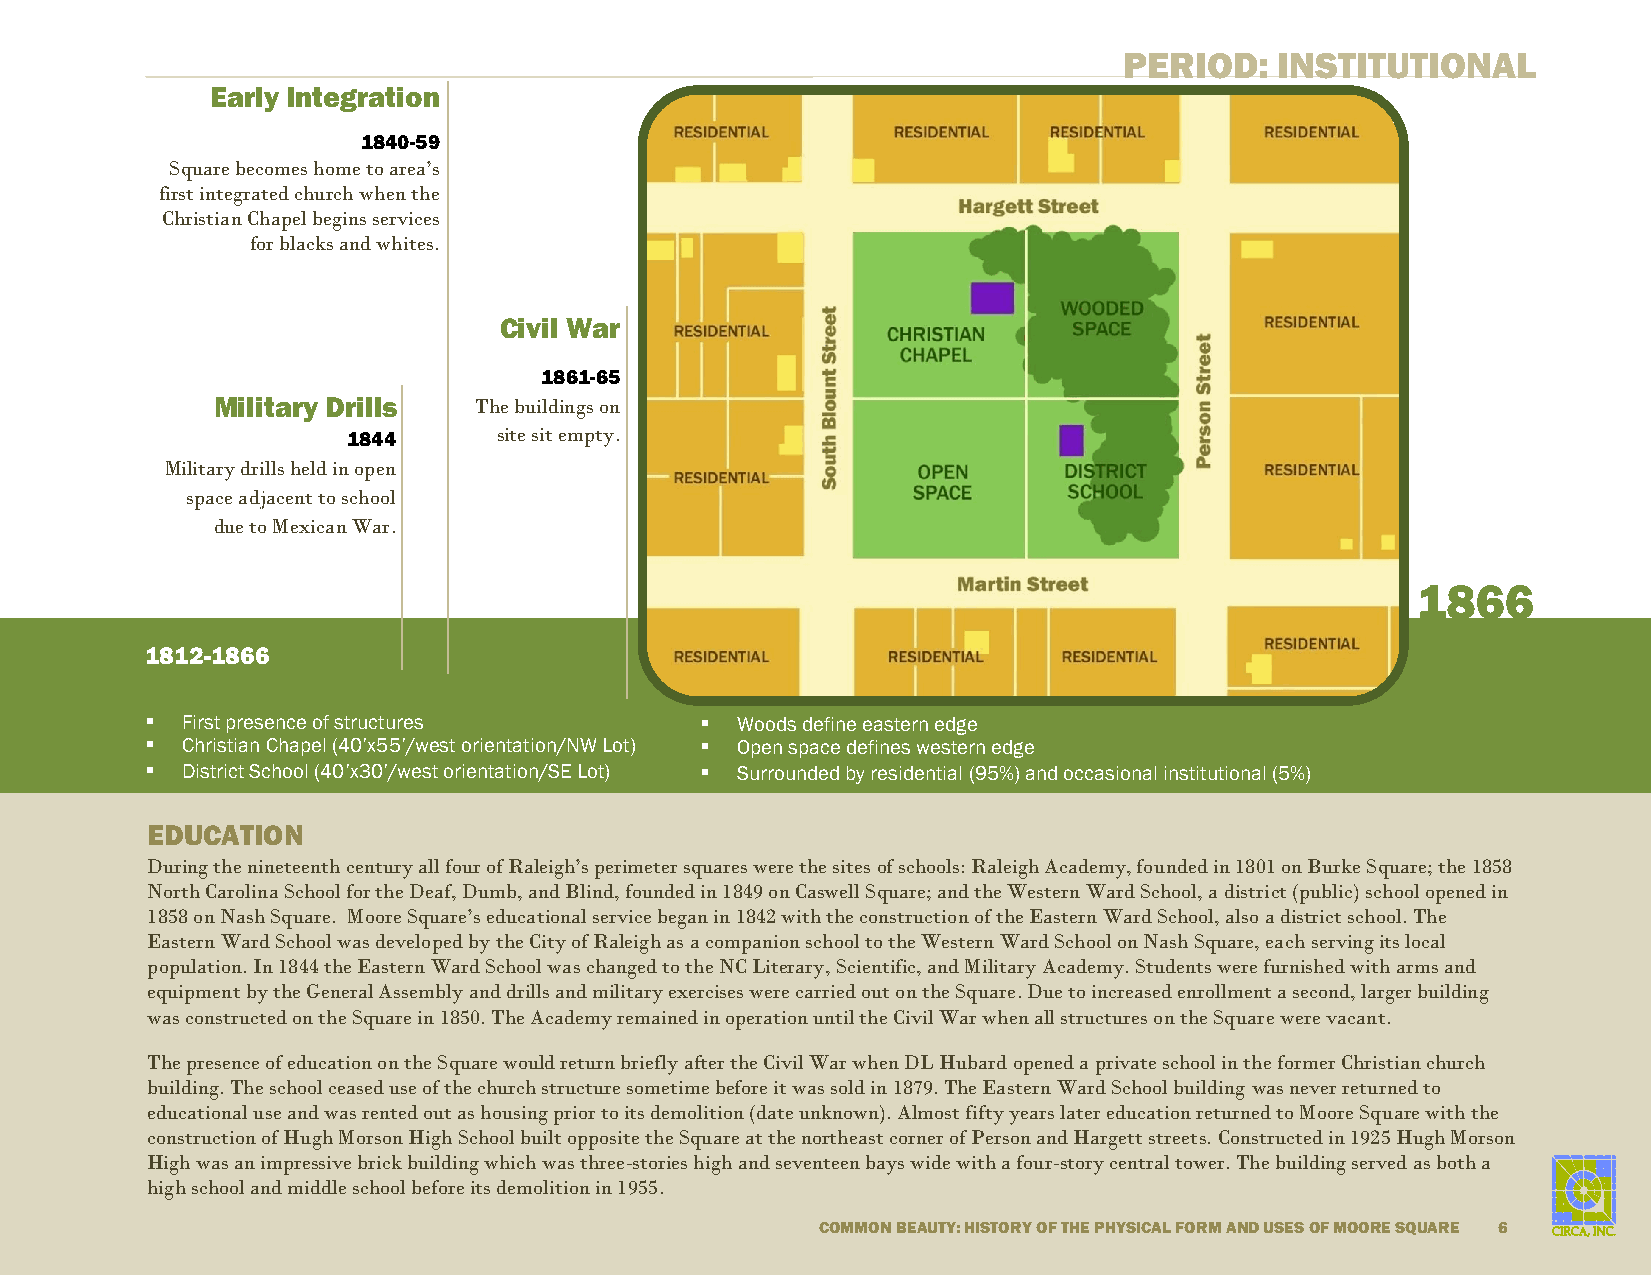
PERIOD:    INSTITUTIONAL
 Early Integration
 1840-59
 Square becomes home to area’s
 first integrated church when the
 Christian Chapel begins services
 for blacks and whites.
 Civil War
 1861-65
 Military Drills  The buildings on
 1844      s i t e s i t e m pty.
 Military drills held in open
 space adjacent to school
 due to Mexican War.
 1866
 1812-1866
  First presence of structures        Woods define eastern edge
  Christian Chapel (40’x55’/west orientation/NW Lot)  Open space defines western edge
  District School (40’x30’/west orientation/SE Lot)  Surrounded by residential (95%) and occasional institutional (5%)
 EDUCATION
 During the nineteenth century all four of Raleigh’s perimeter squares were the sites of schools: Raleigh Academy, founded in 1801 on Burke Square; the 1858
 North Carolina School for the Deaf, Dumb, and Blind, founded in 1849 on Caswell Square; and the Western Ward School, a district (public) school opened in
 1858 on Nash Square. Moore Square’s educational service began in 1842 with the construction of the Eastern Ward School, also a district school. The
 Eastern Ward School was developed by the City of Raleigh as a companion school to the Western Ward School on Nash Square, each serving its local
 population. In 1844 the Eastern Ward School was changed to the NC Literary, Scientific, and Military Academy. Students were furnished with arms and
 equipment by the General Assembly and drills and military exercises were carried out on the Square. Due to increased enrollment a second, larger building
 was constructed on the Square in 1850. The Academy remained in operation until the Civil War when all structures on the Square were vacant.
 The presence of education on the Square would return briefly after the Civil War when DL Hubard opened a private school in the former Christian church
 building. The school ceased use of the church structure sometime before it was sold in 1879. The Eastern Ward School building was never returned to
 educational use and was rented out as housing prior to its demolition (date unknown). Almost fifty years later education returned to Moore Square with the
 construction of Hugh Morson High School built opposite the Square at the northeast corner of Person and Hargett streets. Constructed in 1925 Hugh Morson
 H igh was an impressive brick building which was three-stories high and seventeen bays wide with a four-story central tower. The building served as both a
 h igh school and middle school before its demolition in 1955.
 COMMON BEAUTY: HISTORY OF THE PHYSICAL FORM AND USES OF MOORE SQUARE 6